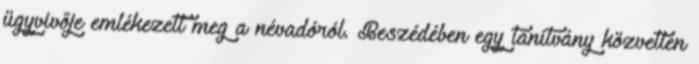
ügyvivője emlékezett meg a névadóról. Beszédében egy tanítvány közvetlen